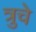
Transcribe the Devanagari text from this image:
त्रुचे